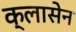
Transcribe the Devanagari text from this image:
क्लासेन